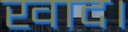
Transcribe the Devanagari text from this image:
खाद।